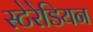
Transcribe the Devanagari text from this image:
स्टेरेडियन